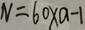
N = 6 0 \times a - 1